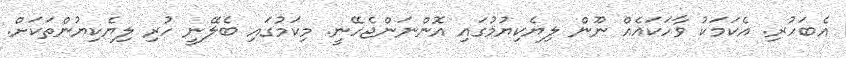
އެބަހުރި. އެކަމަކު ވާހަކައެއް ނޫން ލިޔެކިޔުމުގައި އޮންނަންޖެހޭނީ. މިކަމުގައި ބެލޭނީ ހުރި ލިޔެކިޔުންތަކަށް.